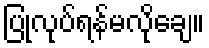
ပြုလုပ်ရန်မလိုချေ။